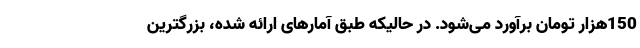
150هزار تومان برآورد می­شود. در حالیکه طبق آمارهای ارائه شده، بزرگترین